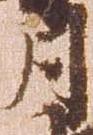
月